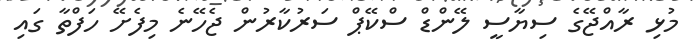
މުޅި ރާއްޖޭގެ ސިޔާސީ ލޭންޑް ސްކޭޕް ސަރުކާރުން ޖެހޭނެ މިފެށޭ ހަފްތާ ގައި